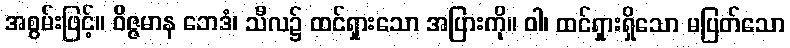
အစွမ်းဖြင့်။ ဝိဇ္ဇမာန ဘေဒံ၊ သီလ၌ ထင်ရှားသော အပြားကို။ ဝါ၊ ထင်ရှားရှိသော မပြတ်သော